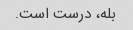
بله، درست است.